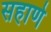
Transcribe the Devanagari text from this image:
सहाणे